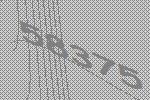
58375